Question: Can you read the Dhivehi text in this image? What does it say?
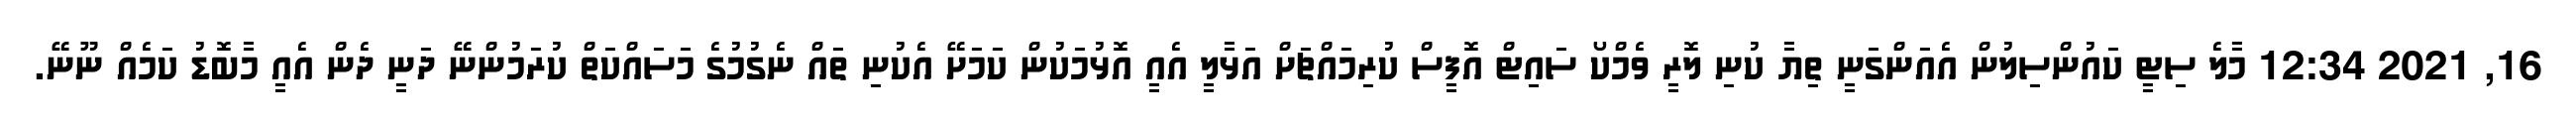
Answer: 16, 2021 12:34 މާލެ ސިޓީ ކައުންސިލުން އެއަންގަނީ ތިޔާ ކުނި ލޮރީ ވެމްކޯ ސައިޓް އޮފީސް ކުރިމައްޗަށް އަޅާލީ އެއީ އޮޅުމަކުން ކަމަށޭ އެކުނި ތައް ނެގުމުގެ މަސައްކަތް ކުރަމުންނޭ ދަނީ ދެން އެއީ މާބޮޑު ކަމެއް ނޫނޭ.